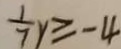
\frac { 1 } { 7 } y \geq - 4